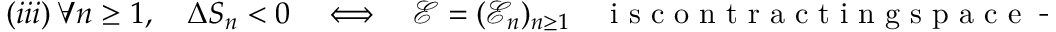
( i i i ) \ \forall n \geq 1 , \quad \Delta S _ { n } < 0 \quad \Longleftrightarrow \quad { \mathcal E } = ( { \mathcal E _ { n } } ) _ { n \geq 1 } \quad \mathrm { ~ i ~ s ~ c ~ o ~ n ~ t ~ r ~ a ~ c ~ t ~ i ~ n ~ g ~ s ~ p ~ a ~ c ~ e ~ - ~ t ~ i ~ m ~ e ~ } .